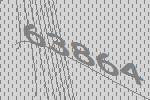
63864